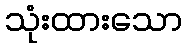
သုံးထားသော